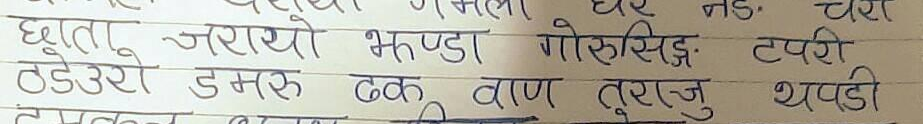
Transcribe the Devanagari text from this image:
छाता जरायो भुण्डा गोरूसिङ्ग टपरी
ठडेउरो डमरु ठक वाण तुराजु थपडी